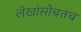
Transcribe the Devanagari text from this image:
लेखांसोबतच